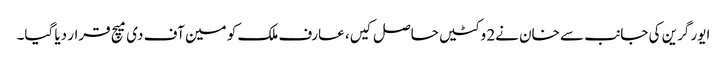
ایور گرین کی جانب سے خان نے2 وکٹیں حاصل کیں، عارف ملک کو مین آف دی میچ قرار دیا گیا۔